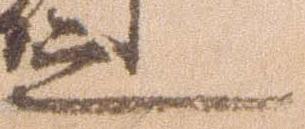
之